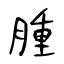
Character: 腫